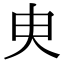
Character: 㬰